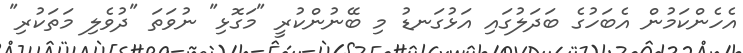
އެހެންކަމުން އެބަހުގެ ބަދަލުގައި އަޅުގަނޑު މި ބޭނުންކުރީ "މަގޮޅި" ނުވަތަ "ދުވެލި މަތަކުރި"